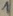
Text: 1